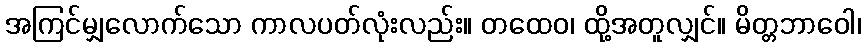
အကြင်မျှလောက်သော ကာလပတ်လုံးလည်း။ တထေဝ၊ ထို့အတူလျှင်။ မိတ္တဘာဝေါ၊